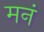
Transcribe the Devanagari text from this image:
मनं